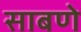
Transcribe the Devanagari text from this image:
साबणे